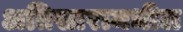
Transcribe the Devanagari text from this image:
अतिसारामधील